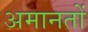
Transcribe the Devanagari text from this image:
अमानतों